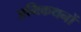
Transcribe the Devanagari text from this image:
अभिकथनों